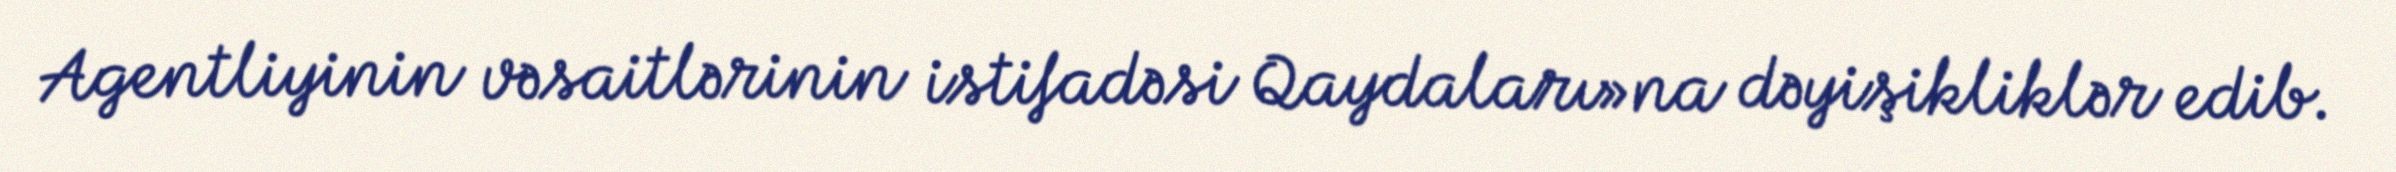
Agentliyinin vəsaitlərinin istifadəsi Qaydaları»na dəyişikliklər edib.